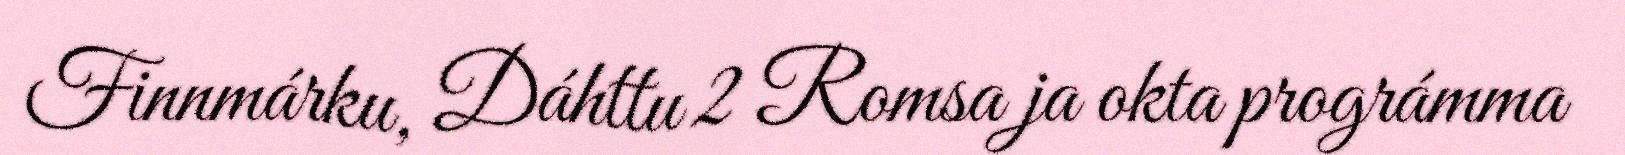
Finnmárku, Dáhttu 2 Romsa ja okta prográmma